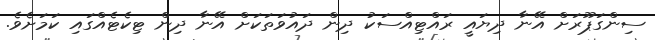
ސިންގަޕޫރަށް އޭނާ ދިޔައީ ރައްޓިއްސަކު ދިން ދައުވަތަކަށް އޭނާ ދިން ޓިކެޓެއްގައި ކަމަށެވެ.